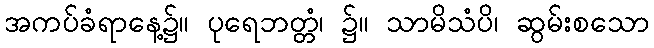
အကပ်ခံရာနေ့၌။ ပုရေဘတ္တံ၊ ၌။ သာမိသံပိ၊ ဆွမ်းစသော